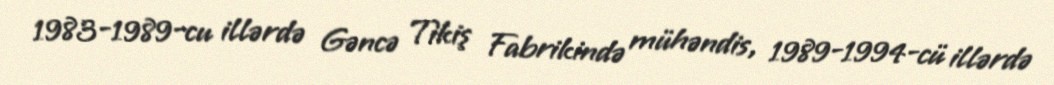
1983-1989-cu illərdə Gəncə Tikiş Fabrikində mühəndis, 1989-1994-cü illərdə